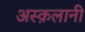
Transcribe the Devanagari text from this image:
अस्क़लानी